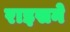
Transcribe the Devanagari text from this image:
राइसने